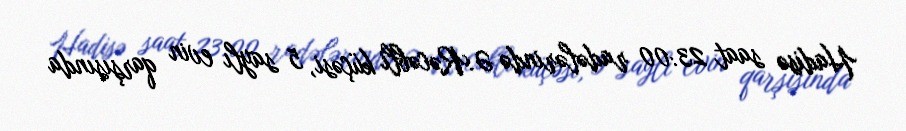
Hadisə saat 23:00 radələrində Ə.Rəcəbli küçəsi, 5 saylı evin qarşısında